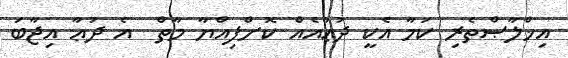
އިޚްލާޞްތެރި ކަމާ އެކީ ދުޢާއެއް ކޮށްފިއްޔާ މާތް  އެ ދުޢާ އިޖާބަ